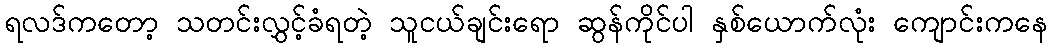
ရလဒ်ကတော့ သတင်းလွှင့်ခံရတဲ့ သူငယ်ချင်းရော ဆွန်ကိုင်ပါ နှစ်ယောက်လုံး ကျောင်းကနေ